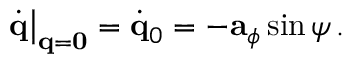
\left. \dot { \bf q } \right| _ { { \bf q } = { \bf 0 } } = \dot { \bf q } _ { 0 } = - { \bf a } _ { \phi } \sin \psi \, .